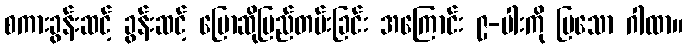
စကားခွန်းဆင့် ခွန်းဆင့် ပြောဆိုမြည်တမ်းခြင်း အကြောင်း ၉-ပါးကို ပြသော ဂါထာ။